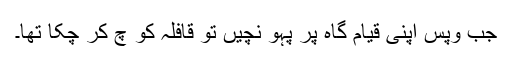
جب وپس اپنی قیام گاہ پر پہو نچیں تو قافلہ کو چ کر چکا تھا۔